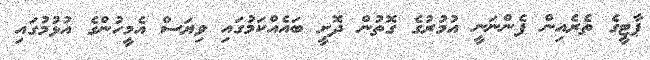
ޕާޓީގެ ތެރެއިން ފެންނަނީ އުމުރުގެ ގޮތުން ދޮށީ ބައެއްކަމުގައި ވިޔަސް އެމީހުންގެ އުޅުމުގައި